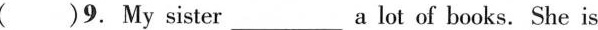
( )9. My sister___ a lot of books. She is